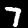
Label: 7